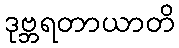
ဒုဗ္ဘရတာယာတိ